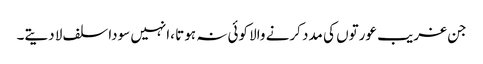
جن غریب عورتوں کی مدد کرنے والا کوئی نہ ہوتا ،انہیں سودا سلف لا دیتے۔